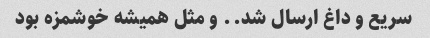
سریع و داغ ارسال شد.. و مثل همیشه خوشمزه بود